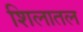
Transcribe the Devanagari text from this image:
शिलातल